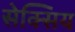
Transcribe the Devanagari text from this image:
सेक्सिय